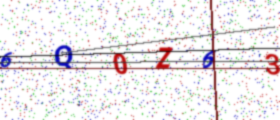
Text: 6Q0Z63